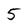
Character: 5